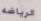
الرياضه